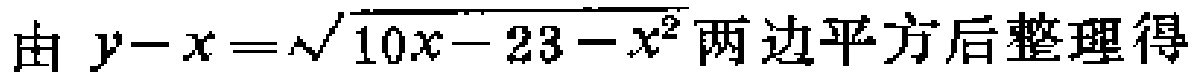
由 \(y - x = \sqrt{10x - 23 - x^{2}}\) 两边平方后整理得